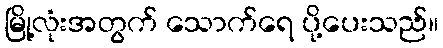
မြို့လုံးအတွက် သောက်ရေ ပို့ပေးသည်။